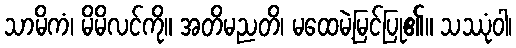
သာမိကံ၊ မိမိလင်ကို။ အတိမညတိ၊ မထေမဲ့မြင်ပြု၏။ သဿုံဝါ၊